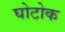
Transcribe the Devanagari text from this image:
घोटोक